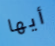
أيها